Vaccination Hyderabad 1872-1889 - 1872-1889
Year: 1872
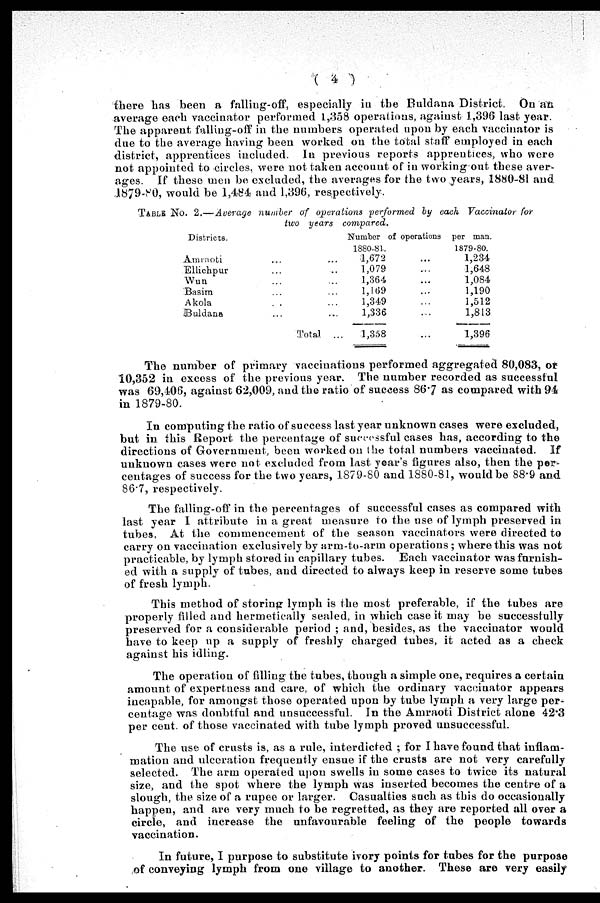
( 4 )
there has been a falling-off, especially in the Buldana District. On an
average each vaccinator performed 1,358 operations, against 1,396 last year.
The apparent falling-off in the numbers operated upon by each vaccinator is
due to the average having been worked on the total staff employed in each
district, apprentices included. In previous reports apprentices, who were
not appointed to circles, were not taken account of in working out these aver-
ages. If these men be excluded, the averages for the two years, 1880-81 and
1879-80, would be 1,484 and 1,396, respectively.
TABLE No. 2.—Average number of operations performed by each Vaccinator for
two years compared.
Districts.
Amraoti ... ...
Ellichpur ... ...
Wun ... ...
Basim ... ...
Akola ... ...
Buldana ... ...
Total ...
Number of operations
1880-81.
1,672 ...
1,079 ...
1,364 ...
1,169 ...
1,349 ...
1,336 ...
1,358 ...
per man.
1879-80.
1,234
1,648
1,084
1,190
1,512
1,813
1,396
The number of primary vaccinations performed aggregated 80,083, of
10,352 in excess of the previous year. The number recorded as successful
was 69,406, against 62,009, and the ratio of success 86.7 as compared with 94
in 1879-80.
In computing the ratio of success last year unknown cases were excluded,
but in this Report the percentage of successful cases has, according to the
directions of Government, been worked on the total numbers vaccinated. If
unknown cases were not excluded from last year's figures also, then the per-
centages of success for the two years, 1879-80 and 1880-81, would be 88.9 and
86.7, respectively.
The falling-off in the percentages of successful cases as compared with
last year I attribute in a great measure to the use of lymph preserved in
tubes, At the commencement of the season vaccinators were directed to
carry on vaccination exclusively by arm-to-arm operations; where this was not
practicable, by lymph stored in capillary tubes. Each vaccinator was furnish-
ed with a supply of tubes, and directed to always keep in reserve some tubes
of fresh lymph.
This method of storing lymph is the most preferable, if the tubes are
properly filled and hermetically sealed, in which case it may be successfully
preserved for a considerable period ; and, besides, as the vaccinator would
have to keep up a supply of freshly charged tubes, it acted as a check
against his idling.
The operation of filling the tubes, though a simple one, requires a certain
amount of expertness and care, of which the ordinary vaccinator appears
incapable, for amongst those operated upon by tube lymph a very large per-
centage was doubtful and unsuccessful. In the Amraoti District alone 42.3
per cent. of those vaccinated with tube lymph proved unsuccessful.
The use of crusts is, as a rule, interdicted ; for I have found that inflam-
mation and ulceration frequently ensue if the crusts are not very carefully
selected. The arm operated upon swells in some cases to twice its natural
size, and the spot where the lymph was inserted becomes the centre of a
slough, the size of a rupee or larger. Casualties such as this do occasionally
happen, and are very much to be regretted, as they are reported all over a
circle, and increase the unfavourable feeling of the people towards
vaccination.
In future, I purpose to substitute ivory points for tubes for the purpose
of conveying lymph from one village to another. These are very easily